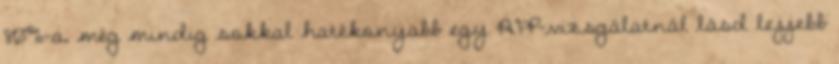
80%-a, még mindig sokkal hatékonyabb egy AFP-vizsgálatnál lásd lejjebb